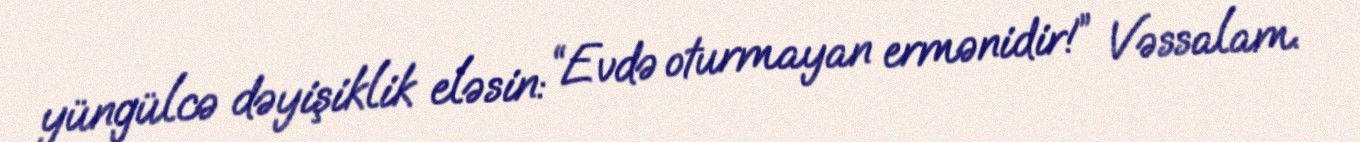
yüngülcə dəyişiklik eləsin: “Evdə oturmayan ermənidir!” Vəssalam.